Indian journal of veterinary science and animal husbandry - Volumes 28-29, 1958-1959
Year: 1958
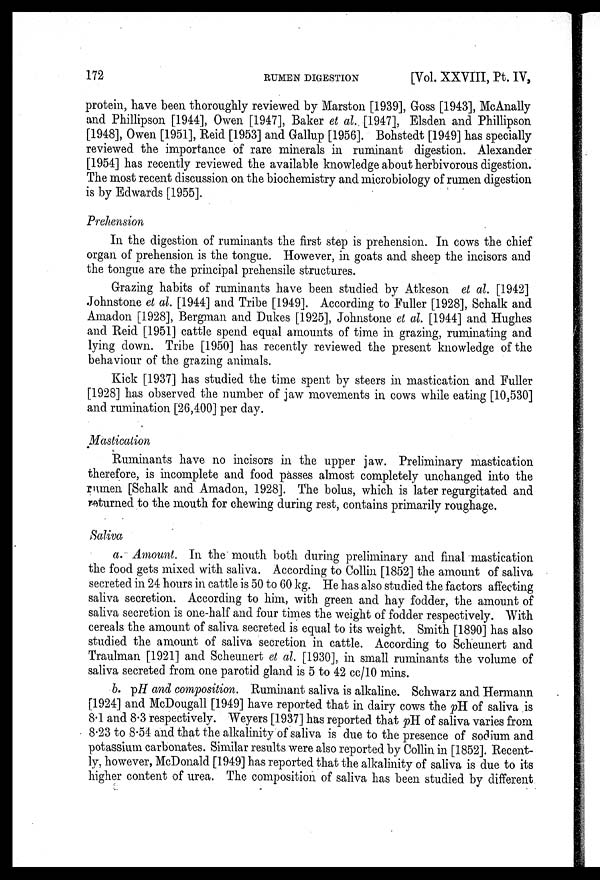
172
RUMEN DIGESTION
[Vol. XXVIII, Pt. IV,
protein, have been thoroughly reviewed by Marston [1939], Goss [1943], McAnally
and Phillipson [1944], Owen [1947], Baker et al. [1947], Elsden and Phillipson
[1948], Owen [1951], Reid [1953] and Gallup [1956]. Bohstedt [1949] has specially
reviewed the importance of rare minerals in ruminant digestion. Alexander
[1954] has recently reviewed the available knowledge about herbivorous digestion.
The most recent discussion on the biochemistry and microbiology of rumen digestion
is by Edwards [1955].
Prehension
In the digestion of ruminants the first step is prehension. In cows the chief
organ of prehension is the tongue. However, in goats and sheep the incisors and
the tongue are the principal prehensile structures.
Grazing habits of ruminants have been studied by Atkeson et al. [1942]
Johnstone et al. [1944] and Tribe [1949]. According to Fuller [1928], Schalk and
Amadon [1928], Bergman and Dukes [1925], Johnstone et al. [1944] and Hughes
and Reid [1951] cattle spend equal amounts of time in grazing, ruminating and
lying down. Tribe [1950] has recently reviewed the present knowledge of the
behaviour of the grazing animals.
Kick [1937] has studied the time spent by steers in mastication and Fuller
[1928] has observed the number of jaw movements in cows while eating [10,530]
and rumination [26,400] per day.
Mastication
Ruminants have no incisors in the upper jaw. Preliminary mastication
therefore, is incomplete and food passes almost completely unchanged into the
rumen [Schalk and Amadon, 1928]. The bolus, which is later regurgitated and
returned to the mouth for chewing during rest, contains primarily roughage.
Saliva
a. Amount. In the mouth both during preliminary and final mastication
the food gets mixed with saliva. According to Collin [1852] the amount of saliva
secreted in 24 hours in cattle is 50 to 60 kg. He has also studied the factors affecting
saliva secretion. According to him, with green and hay fodder, the amount of
saliva secretion is one-half and four times the weight of fodder respectively. With
cereals the amount of saliva secreted is equal to its weight. Smith [1890] has also
studied the amount of saliva secretion in cattle. According to Scheunert and
Traulman [1921] and Scheunert et al. [1930], in small ruminants the volume of
saliva secreted from one parotid gland is 5 to 42 cc/10 mins.
b. pH and composition. Ruminant saliva is alkaline. Schwarz and Hermann
[1924] and McDougall [1949] have reported that in dairy cows the pH of saliva is
8.1 and 8.3 respectively. Weyers [1937] has reported that pH of saliva varies from
8.23 to 8.54 and that the alkalinity of saliva is due to the presence of sodium and
potassium carbonates. Similar results were also reported by Collin in [1852]. Recent-
ly, however, McDonald [1949] has reported that the alkalinity of saliva is due to its
higher content of urea. The composition of saliva has been studied by different